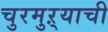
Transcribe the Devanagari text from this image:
चुरमुऱ्याची